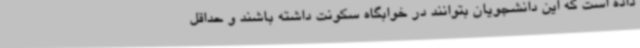
داده است که این دانشجویان بتوانند در خوابگاه سکونت داشته باشند و حداقل